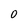
Character: 0